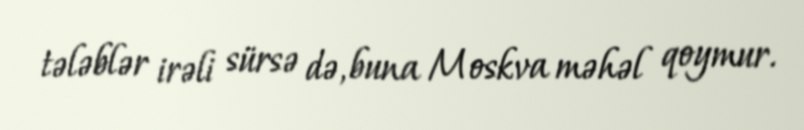
tələblər irəli sürsə də, buna Moskva məhəl qoymur.